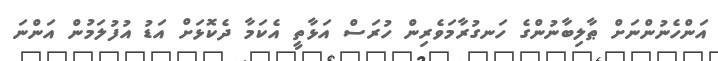
އަންހެނުންނަށް ޠާލިބާނުންގެ ހަނގުރާމަވެރިން ހުރަސް އަޅާތީ އެކަމާ ދެކޮޅަށް އަޑު އުފުލަމުން އަންނަ